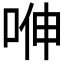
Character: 𭈁